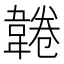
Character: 𩎸